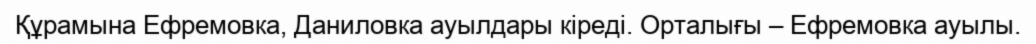
Құрамына Ефремовка, Даниловка ауылдары кіреді. Орталығы – Ефремовка ауылы.